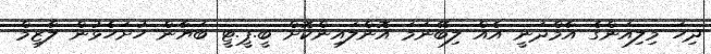
ދިހަ މިލިއަންގެ އާމްދަނީ އެއް ލިބޭނަމަ އޮންލައިންކޮށް ބީ.ޕީ.ޓީ ބަޔާން ހުށަހެޅުން ލާޒިމް